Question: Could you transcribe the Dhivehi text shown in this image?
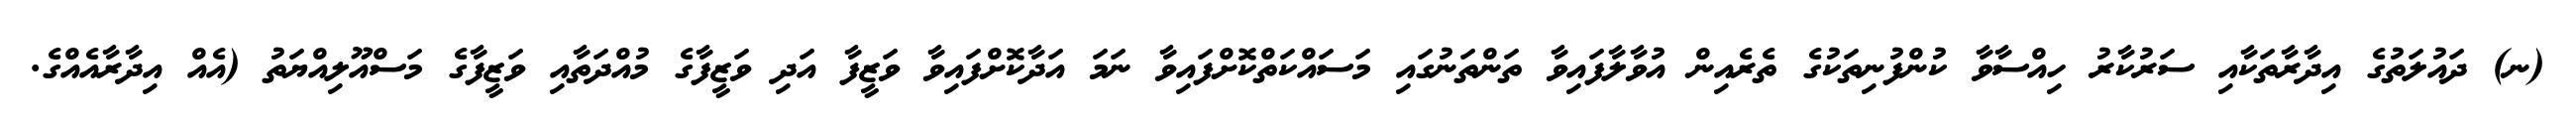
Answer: (ނ) ދައުލަތުގެ އިދާރާތަކާއި ސަރުކާރު ހިއްސާވާ ކުންފުނިތަކުގެ ތެރެއިން އުވާލާފައިވާ ތަންތަނުގައި މަސައްކަތްކޮށްފައިވާ ނަމަ އަދާކޮށްފައިވާ ވަޒީފާ އަދި ވަޒީފާގެ މުއްދަތާއި ވަޒީފާގެ މަސްއޫލިއްޔަތު (އެއް އިދާރާއެއްގެ.